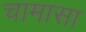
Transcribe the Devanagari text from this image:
चामासा